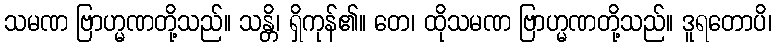
သမဏ ဗြာဟ္မဏတို့သည်။ သန္တိ၊ ရှိကုန်၏။ တေ၊ ထိုသမဏ ဗြာဟ္မဏတို့သည်။ ဒူရတောပိ၊